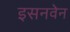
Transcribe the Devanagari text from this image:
इसनवेन